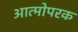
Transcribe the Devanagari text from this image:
आत्मोपरक